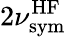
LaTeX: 2\nu_{\mathrm{sym}}^{\mathrm{HF}}